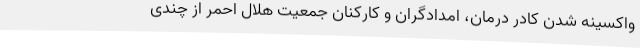
واکسینه شدن کادر درمان، امدادگران و کارکنان جمعیت هلال احمر از چندی